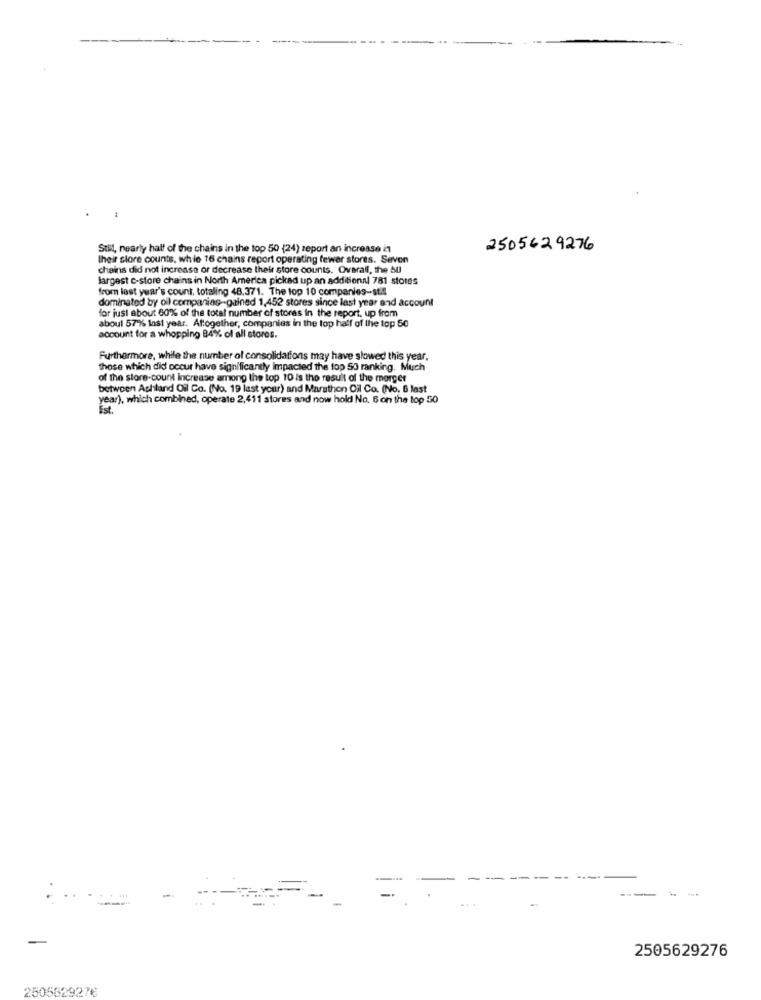
Still, nearly half of the chains in the top 50 (24) report an increase in
2505629276
their clore counts, while 16 chains report operating fewer stores. Seven
chains did not increase or decrease their store counts. Overall, the AU
largest c-store chains in North America picked up an additional 781 stores
from last year's count, totaling 48.371. The top 10 companies-st.
dominated by oil companies-gained 1,452 stores since last year and account
for just about 60% of the total number of stores in the report, up from
aboul 57% last year. Aftogether, companies in the top half of the top 50
account for a whopping 84% of all stores.
Furthermore, while the number of consolidations may have slowed this year.
those which did occur have significantly impacted the top 50 ranking. Much
of the store-count increase among the top 10 is the result of the morger
between Achland Oil Co. (No. 19 last your) and Marathon Oil Co. (No. 6 last
year), which combined, operate 2,411 stores and now hold No. 6 on the top 50
Est.
2505629276
2505829278